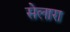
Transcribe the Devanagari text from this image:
सेलारा